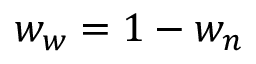
w _ { w } = 1 - w _ { n }